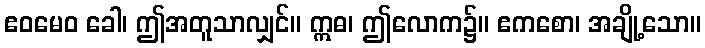
ဧဝမေဝ ခေါ၊ ဤအတူသာလျှင်။ ဣဓ၊ ဤလောက၌။ ဧကစော၊ အချို့သော။